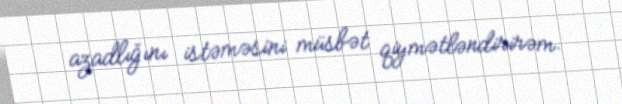
azadlığını istəməsini müsbət qiymətləndirirəm.